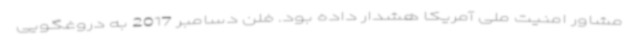
مشاور امنیت ملی آمریکا هشدار داده بود. فلن دسامبر 2017 به دروغگویی